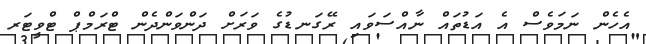
އެހެން ނަމަވެސް އެ އަޑުތައް ނާއްސަވައި ރޭގަނޑުގެ ވަރަށް ދަންވަންދެން ޓްރަމްޕް ޓްވީޓަރ